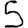
Digit: 5